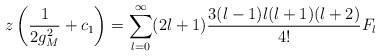
\begin{align*}z\left( \frac{1}{2 g_M^2}+c_1\right )=\sum_{l=0}^\infty(2 l+1)\frac {3 (l-1) l (l+1) (l+2)}{4!}F_l\end{align*}